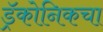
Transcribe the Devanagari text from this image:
ड्रॅकोनिकचा